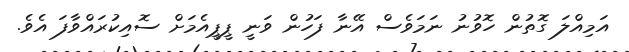
އަމިއްލަ ގޮތުން ހޮވުނު ނަމަވެސް އޭނާ ފަހުން ވަނީ ޕީޕީއެމަށް ސޮއިކުރައްވާފަ އެވެ.